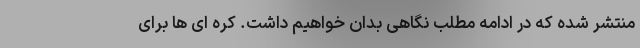
منتشر شده که در ادامه مطلب نگاهی بدان خواهیم داشت. کره ای ها برای